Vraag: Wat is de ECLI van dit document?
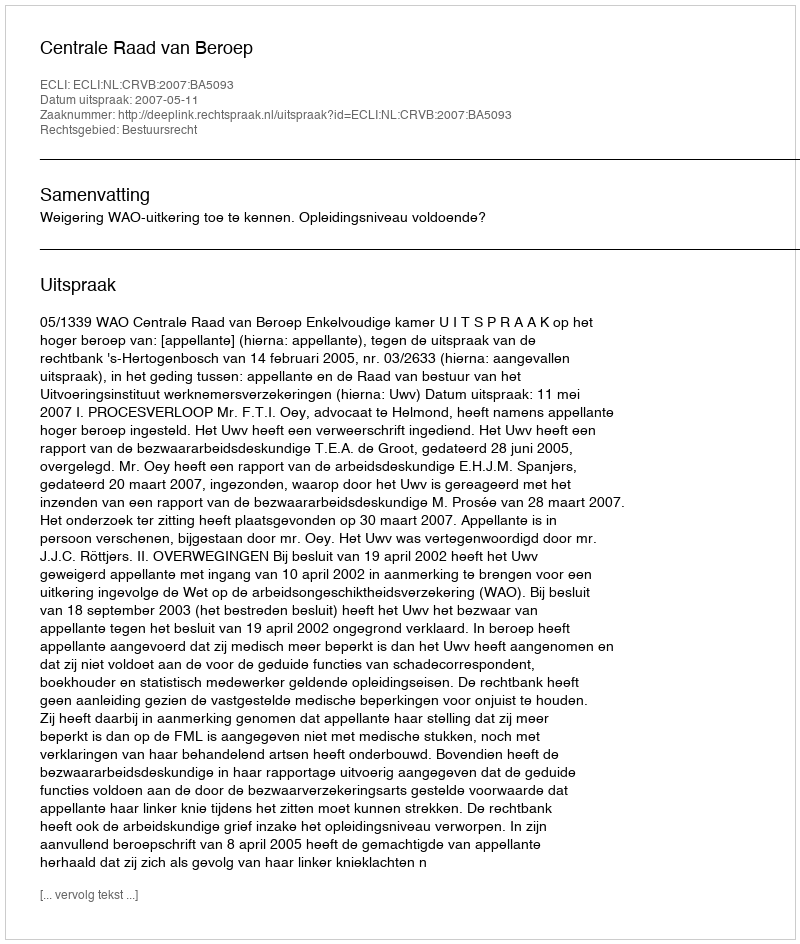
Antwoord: ECLI:NL:CRVB:2007:BA5093